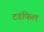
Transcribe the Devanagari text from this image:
टडफिल